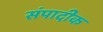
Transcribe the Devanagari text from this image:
संपादीक